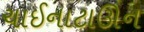
ચાઈનાટાઊન